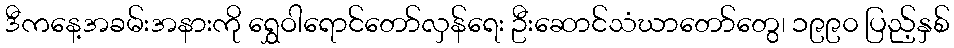
ဒီကနေ့အခမ်းအနားကို ရွှေဝါရောင်တော်လှန်ရေး ဦးဆောင်သံဃာတော်တွေ၊ ၁၉၉၀ ပြည့်နှစ်